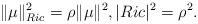
LaTeX: \begin{align*}\|\mu\|^2_{Ric}=\rho\|\mu\|^2, |Ric|^2=\rho^2.\end{align*}